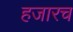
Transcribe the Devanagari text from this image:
हजारच